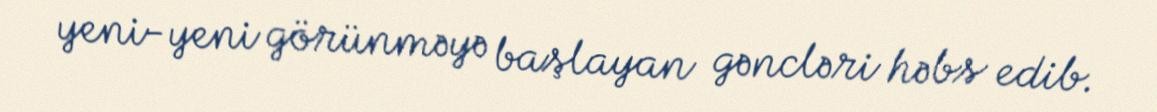
yeni-yeni görünməyə başlayan gəncləri həbs edib.